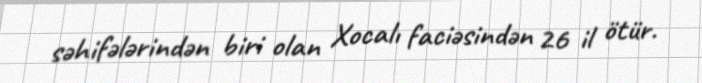
səhifələrindən biri olan Xocalı faciəsindən 26 il ötür.